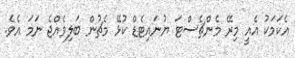
އެކަމަކު އެއީ މިރޭ މެންޗެސްޓަ ޔުނައިޓެޑް ކުޅޭ މެޗުން ބަލިވެއްޖެ ނަމަ އެވެ.